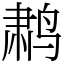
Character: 鹔